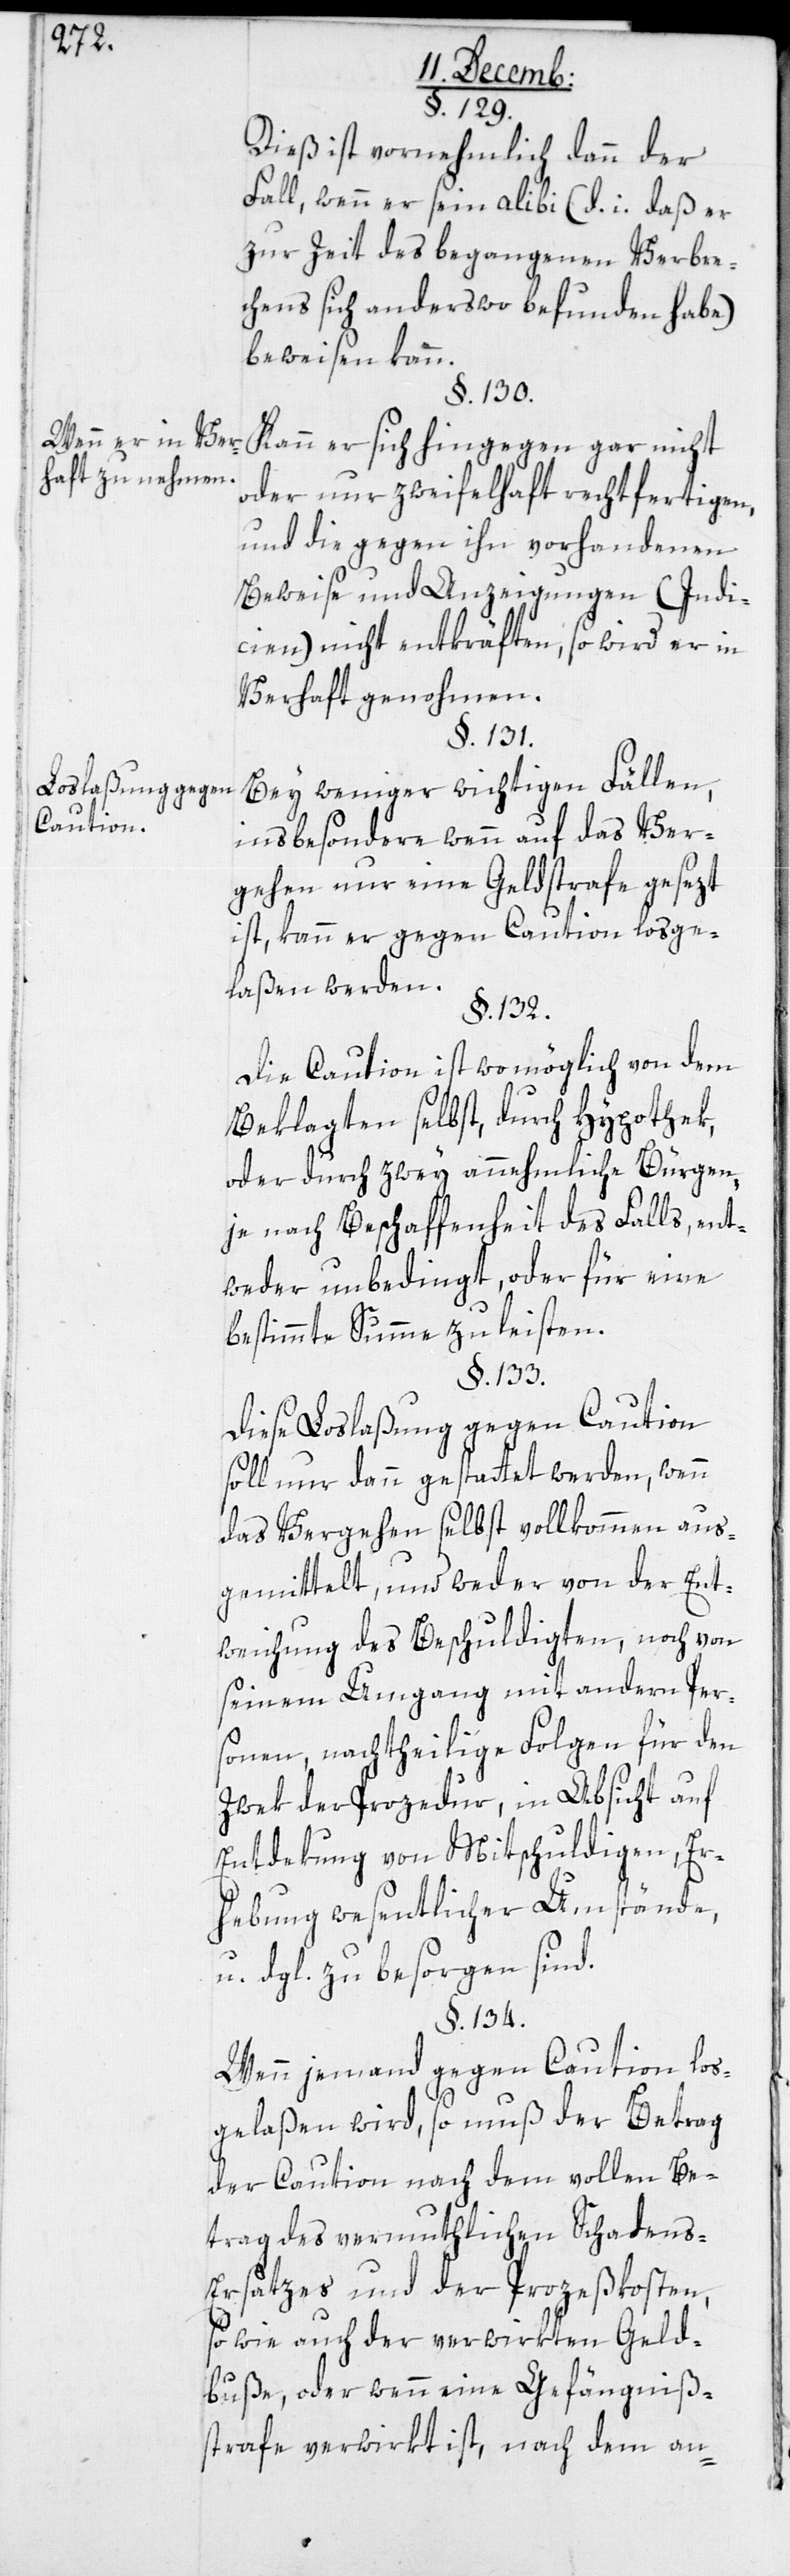
Wenn er in Ver¬
haft zu nehmen.
Loslaßung gegen
Caution.

§. 129.
Dies ist vornehmlich dann der
Fall, wenn er sein alibi (d.i. daß er
zur Zeit des begangenen Verbre¬
chens sich anderswo befunden habe)
beweisen kann.
§. 130.
Kann er sich hingegen gar nicht
oder nur zweifelhaft rechtfertigen,
und die gegen ihn vorhandenen
Beweise und Anzeigungen (Indi¬
cien) nicht entkräften, so wird er in
Verhaft genohmen.
§. 131.
Bei weniger wichtigen Fällen,
insbesondere wenn auf das Ver¬
gehen nur eine Geldstrafe gesezt
ist, kann er gegen Caution losge¬
laßen werden.
§. 132.
Die Caution ist wo möglich von dem
Beklagten selbst, durch Hypothek
oder durch zwey annehmliche Bürgen,
je nach Beschaffenheit des Falls, ent¬
weder unbedingt, oder für eine
bestimmte Summe zu leisten.
§. 133.
Diese Loslaßung gegen Caution
soll nur dann gestattet werden, wenn
das Vergehen selbst vollkommen aus¬
gemittelt, und weder von der Ent¬
weichung des Beschuldigten, noch von
seinem Umgang mit andern Pers¬
onen, nachtheilige Folgen für den
Zwek der Prozedur, in Absicht auf
Entdekung von Mitschuldigen, Er¬
hebung wesentlicher Umstände
u. dgl. zu besorgen sind.
§. 134.
Wenn jemand gegen Caution los¬
gelaßen wird, so muß der Betrag
der Caution nach dem vollen Be¬
trag des vermuthlichen Schaden¬
s-Ersatzes und der Prozeßkosten,
sowie auch der verwirkten Geld¬
buße, oder wenn eine Gefängniß¬
strafe verwirkt ist, nach dem an-